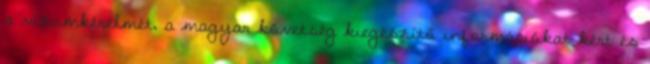
a vízumkérelmét, a magyar követség kiegészítő információkat kért és